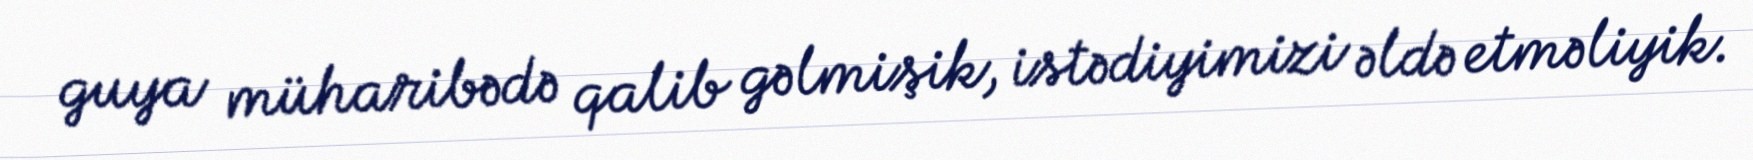
guya müharibədə qalib gəlmişik, istədiyimizi əldə etməliyik.